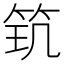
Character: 𥬶